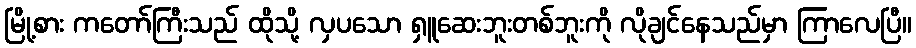
မြို့စား ကတော်ကြီးသည် ထိုသို့ လှပသော ရှူဆေးဘူးတစ်ဘူးကို လိုချင်နေသည်မှာ ကြာလေပြီ။